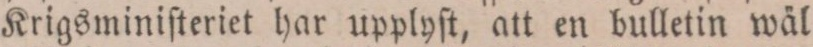
Krigsminiſteriet har upplyſt, att en bulletin wäl